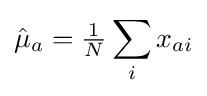
{\hat {\mu }}_{a}={\tfrac {1}{N}}\sum _{i}x_{ai}